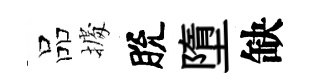
品𢴃脫墮缺